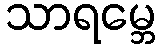
သာရမ္ဘေ